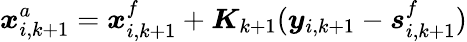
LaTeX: \boldsymbol{x}_{i,k+1}^{a}=\boldsymbol{x}_{i,k+1}^{f}+\boldsymbol{K}_{k+1}(\boldsymbol{y}_{i,k+1}-\boldsymbol{s}_{i,k+1}^{f})